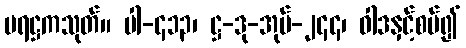
ပရဋ္ဌကသုတ်။ ပါ-၄၁၃၊ ဋ္ဌ-ဒု-အုပ်-၂၄၄၊ ဝါဒနှင့်စပ်၍